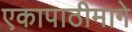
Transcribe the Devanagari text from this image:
एकापाठीमागे